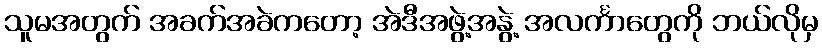
သူမအတွက် အခက်အခဲကတော့ အဲဒီအဖွဲ့အနွဲ့ အလင်္ကာတွေကို ဘယ်လိုမှ